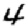
Digit: 4